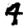
Digit: 4